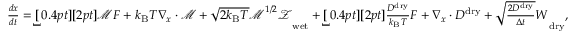
\begin{array} { r } { \frac { d \boldsymbol { x } } { d t } = \underbracket [ 0 . 4 p t ] [ 2 p t ] { \boldsymbol { \mathcal { M } } \boldsymbol { F } + k _ { \mathrm { B } } T \boldsymbol { \nabla } _ { x } \cdot \boldsymbol { \mathcal { M } } + \sqrt { 2 k _ { \mathrm { B } } T } \boldsymbol { \mathcal { M } } ^ { 1 / 2 } \mathcal { Z } \vphantom { \frac { D ^ { \mathrm { d r y } } } { k _ { \mathrm { B } } T } \boldsymbol { F } } } _ { \mathrm { w e t } } + \underbracket [ 0 . 4 p t ] [ 2 p t ] { \frac { D ^ { \mathrm { d r y } } } { k _ { \mathrm { B } } T } \boldsymbol { F } + \nabla _ { x } \cdot D ^ { \mathrm { d r y } } + \sqrt { \frac { 2 D ^ { \mathrm { d r y } } } { \Delta t } } \boldsymbol { W } } _ { \mathrm { d r y } } , } \end{array}